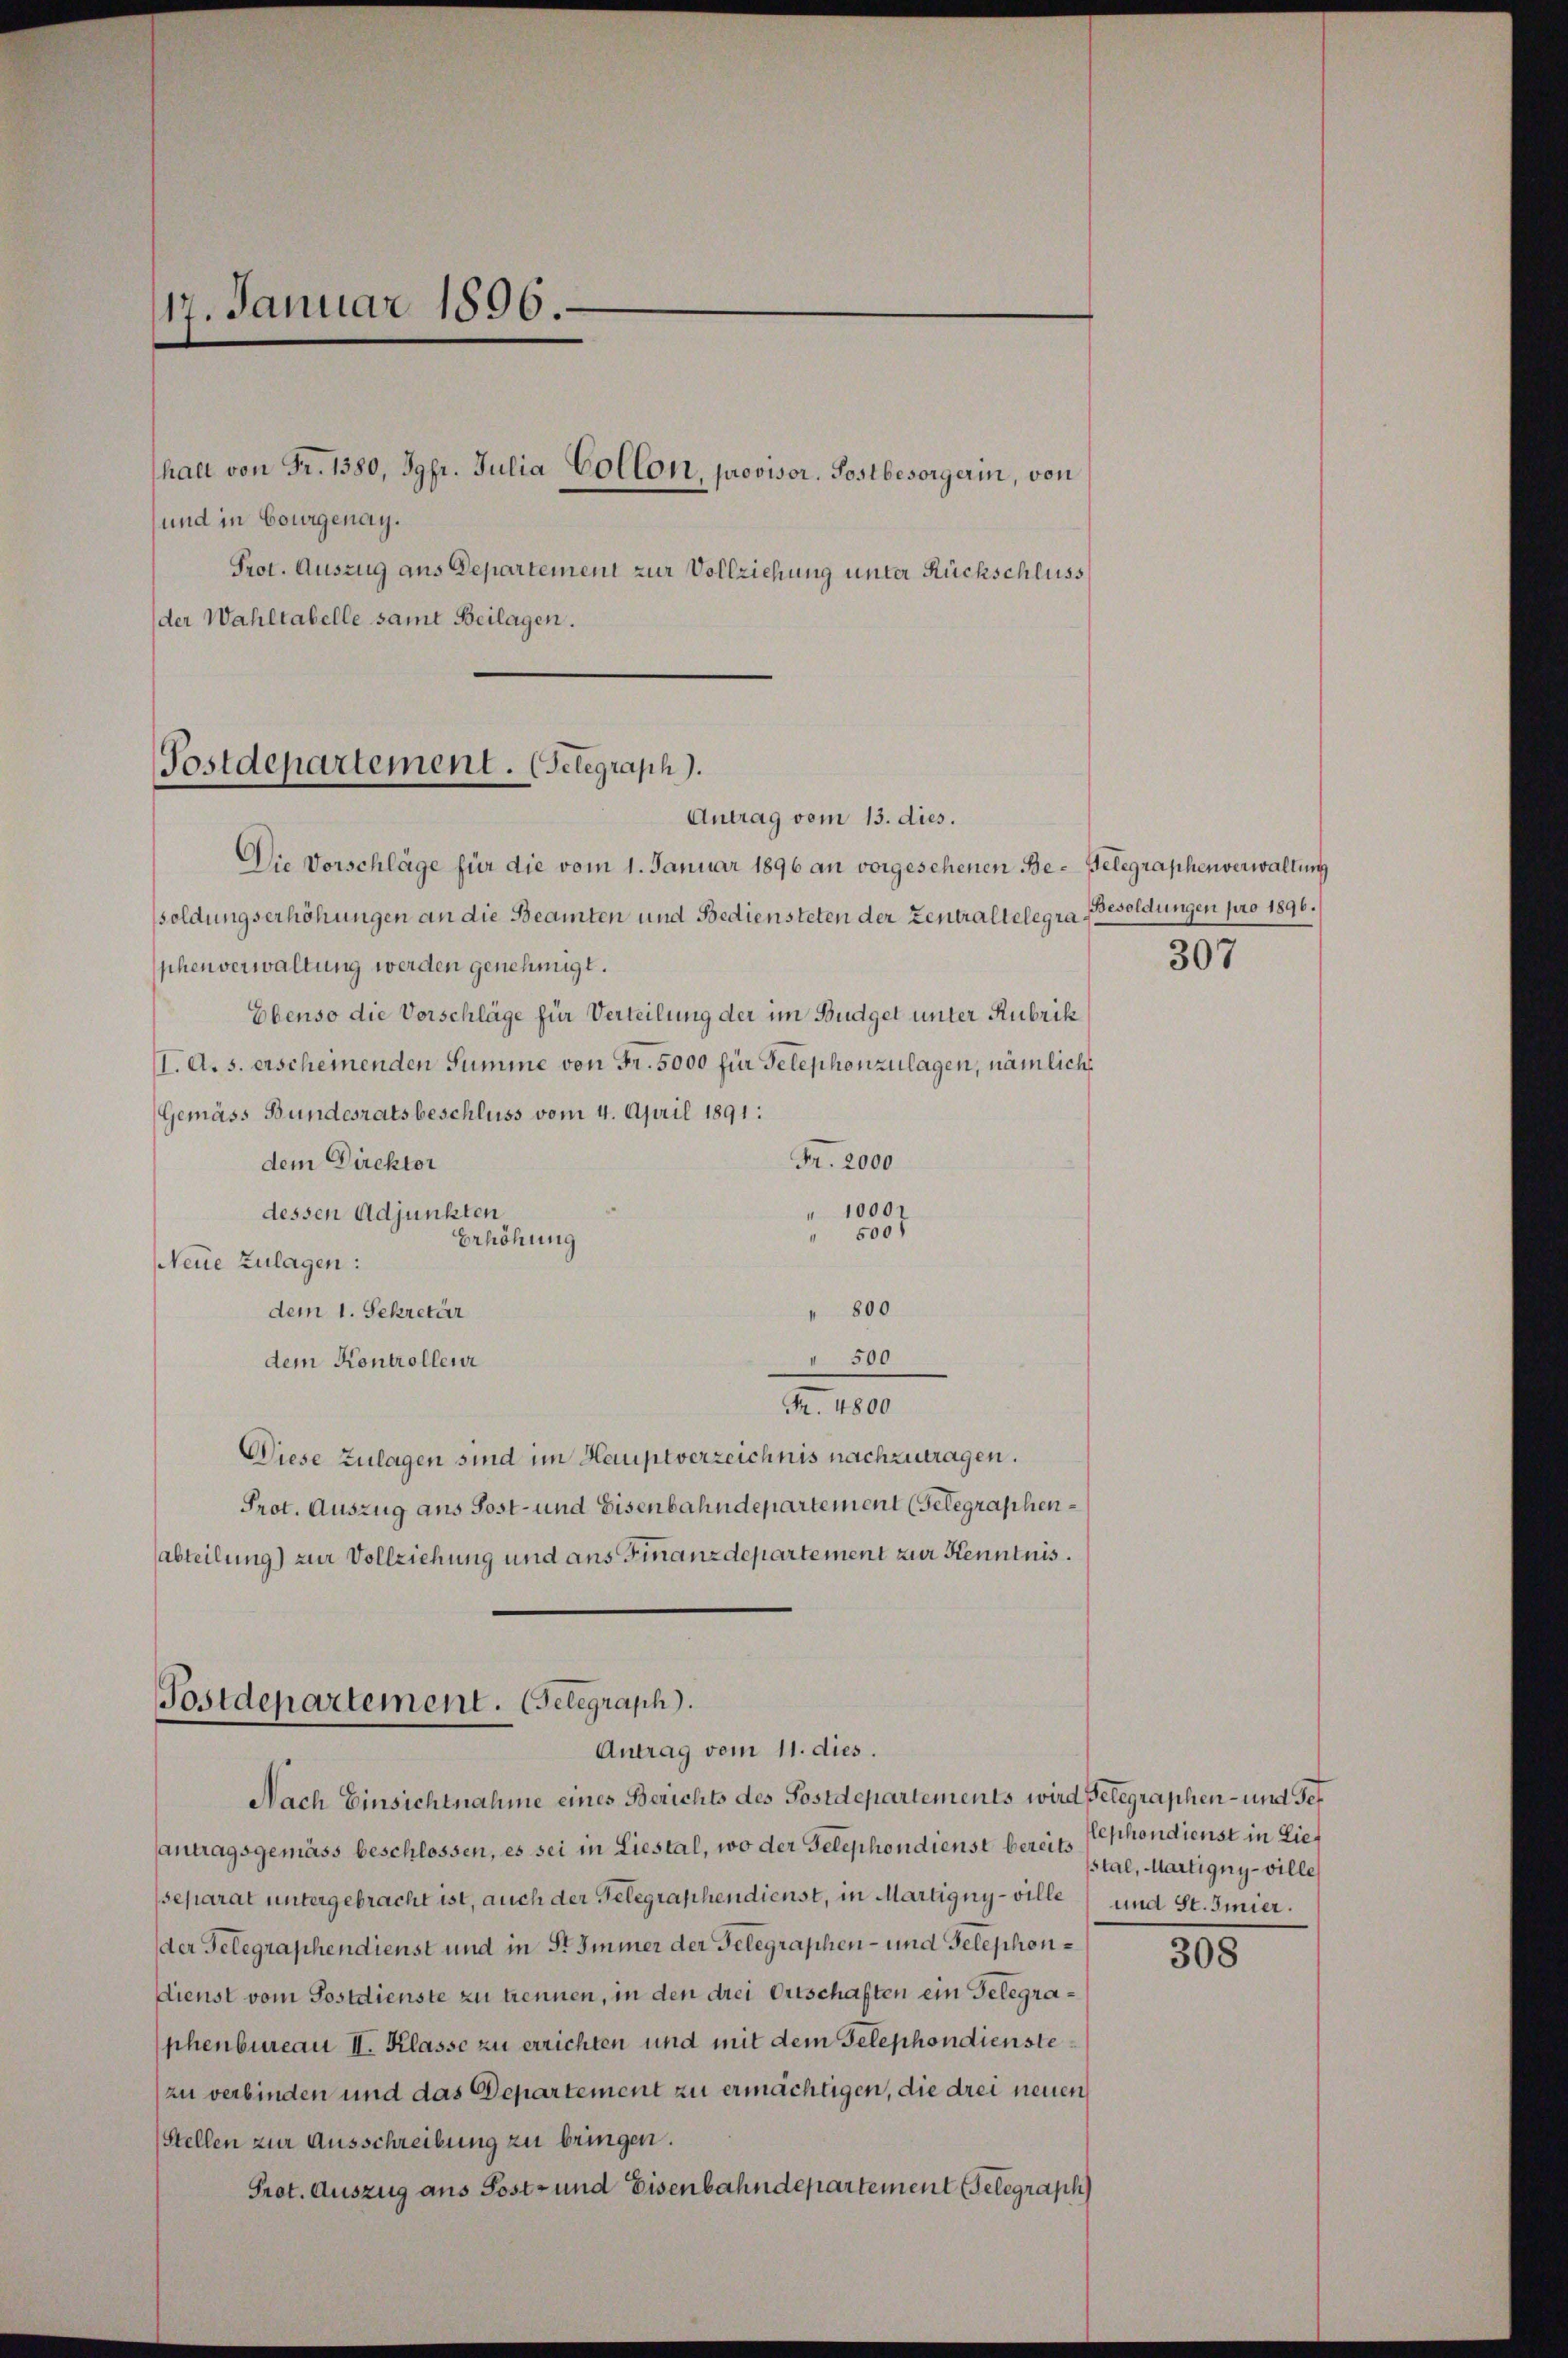
17. Januar 1896.

und in Courgenay.
der Wahltabelle samt Beilagen.

Prot. Auszug aus Departement zur Vollziehung unter Rückschluss

Postdepartement. (Selegraph).

halt von Fr. 1380, Jgfr. Julia Collon, provisor. Postbesorgerin, von

Antrag vom 13. dies.
Die Vorschläge für die vom 1. Januar 1896 an vorgesehenen Be- Gelegraphenverwaltung
soldungserhöhungen an die Beamten und Bediensteten der Zentraltelegra Besoldungen pro 1896.
phenverwaltung werden genehmigt.
Ebenso die Vorschläge für Verteilung der im Budget unter Rubrik
I. A. s. erscheinenden Summe von Fr. 5000 für Telephonzulagen, nämliche
Gemäss Bundesratsbeschluss vom 4. April 1891:
Fr. 2000
dem Direktor
1000
dessen Adjunkten
500f
Erhöhung
NNeue Zulagen:
800
dem 1. Sekretär
dem Kontrollenz
" 500
Fr. 4800
Diese Zulagen sind im Hauptverzeichnis nachzutragen.
Prot. Auszug aus Post- und Eisenbahndepartement (Gelegraphenabteilung) zur Vollziehung und aus Finanzdepartement zur Kenntnis.

Postdepartement. Gelegraph.
Antrag vom 11. dies.

Nach Einsichtnahme eines Berichts des Postdepartements wird gelegraphen- und Gef
antragsgemäss beschlossen, es sei in Liestal, wo der Telephondienst bereits Stephondienst in Lieseparat untergebracht ist, auch der Gelegraphen dienst, in Martigny-ville und St. Gmier.
der Gelegraphendienst und in St. Immer der Gelegraphen- und Telephonddienst vom Postdienste zu trennen, in den drei Ortschaften ein Gelegraphenbureau I. Klasse zu errichten und mit dem Telephondienstezu verbinden und das Departement zu ermächtigen, die drei neuen
Stellen zur Ausschreibung zu bringen.
Prot. Auszug aus Post- und Eisenbahndepartement Gelegraph

307

stal, Martigny-ville

308